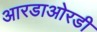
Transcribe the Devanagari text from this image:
आरडाओरडी